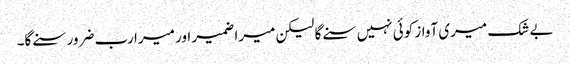
بے شک میری آواز کوئی نہیں سنے گا لیکن میرا ضمیر اور میرا رب ضرور سنے گا۔